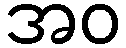
အဝ